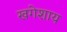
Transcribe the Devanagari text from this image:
खगेशाय